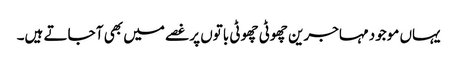
یہاں موجود مہاجرین چھوٹی چھوٹی باتوں پر غصے میں بھی آ جاتے ہیں۔